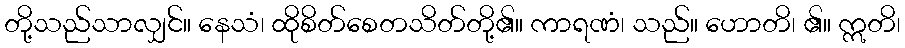
တို့သည်သာလျှင်။ နေသံ၊ ထိုစိတ်စေတသိတ်တို့၏။ ကာရဏံ၊ သည်။ ဟောတိ၊ ၏။ ဣတိ၊